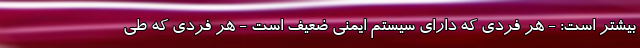
بیشتر است: - هر فردی که دارای سیستم ایمنی ضعیف است - هر فردی که طی